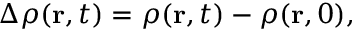
\begin{array} { r } { \Delta \rho ( \mathbf { r } , t ) = \rho ( \mathbf { r } , t ) - \rho ( \mathbf { r } , 0 ) , } \end{array}